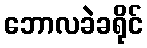
ဘောလခဲခရိုင်